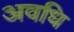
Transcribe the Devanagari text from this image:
अवधि